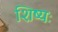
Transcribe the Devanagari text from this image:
शिष्यः